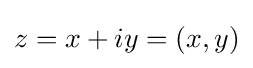
z=x+iy=(x,y)